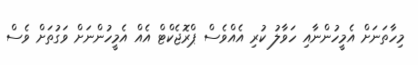
މިހާތަނަށް އެމީހުންނާއި ހަވާލު ކުރި އެއްވެސް ޕްރޮޖެކްޓް އެއް އެމީހުންނަށް ވަގުތަށް ވެސް